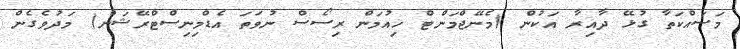
މަސައްކަތާ ގުޅޭ ދާއިރާ އަކުން (މެނޭޖްމަންޓް ހިއުމަން ރިސޯސް ނުވަތަ އެޑްމިނިސްޓްރޭޝަން) މަދުވެގެން